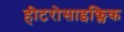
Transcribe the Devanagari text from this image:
हीटरोसाइक्लिक